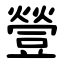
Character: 䝁